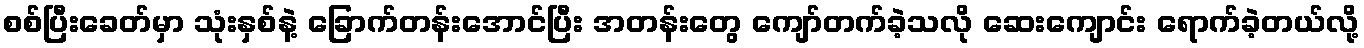
စစ်ပြီးခေတ်မှာ သုံးနှစ်နဲ့ ခြောက်တန်းအောင်ပြီး အတန်းတွေ ကျော်တက်ခဲ့သလို ဆေးကျောင်း ရောက်ခဲ့တယ်လို့